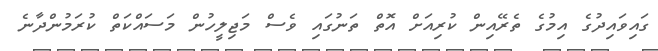
ގައިވައިދުގެ އިމުގެ ތެރޭއިން ކުރިއަށް އޮތް ތަނުގައި ވެސް މަޖިލީހުން މަސައްކަތް ކުރަމުންދާނެ